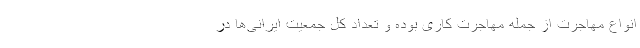
انواع مهاجرت از جمله مهاجرت کاری بوده و تعداد کل جمعیت ایرانی‌ها در